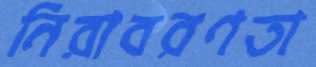
নিরাবরণতা